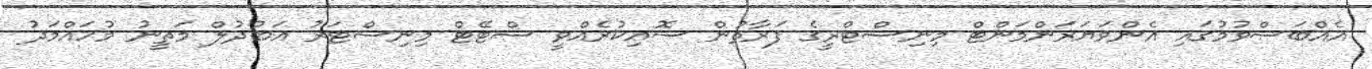
އެއްބަސްވުމުގައި އެންވަޔަރަންމަންޓް މިނިސްޓްރީގެ ފަރާތުން ސޮއިކުރެއްވީ ސްޓޭޓް މިނިސްޓަރު އަބުދުލް މަތީނު މުހައްމަދު